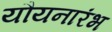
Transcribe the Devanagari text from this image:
यौयनारंभ